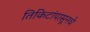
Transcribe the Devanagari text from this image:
तिकिटांपासूनचे